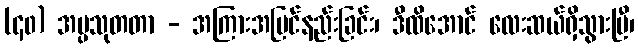
(၄၀) အပ္ပသုတတာ - အကြားအမြင်နည်းခြင်း၊ ဒီထိအောင် လေးဆယ်ရှိသွားပြီ၊